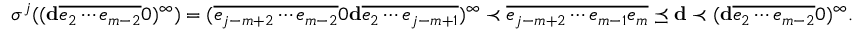
\sigma ^ { j } ( ( \mathbf d \overline { { e _ { 2 } \cdots e _ { m - 2 } } } 0 ) ^ { \infty } ) = ( \overline { { e _ { j - m + 2 } \cdots e _ { m - 2 } } } 0 \mathbf d \overline { { e _ { 2 } \cdots e _ { j - m + 1 } } } ) ^ { \infty } \prec \overline { { e _ { j - m + 2 } \cdots e _ { m - 1 } e _ { m } } } \preceq \mathbf d \prec ( \mathbf d \overline { { e _ { 2 } \cdots e _ { m - 2 } } } 0 ) ^ { \infty } .